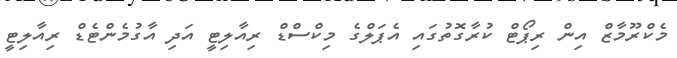
މެކްރޫމާޒް އިން ރިޕޯޓް ކުރާގޮތުގައި އެޕަލްގެ މިކްސްޑް ރިއާލިޓީ އަދި އާގުމެންޓެޑް ރިއާލިޓީ